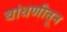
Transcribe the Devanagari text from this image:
बांधणीतून